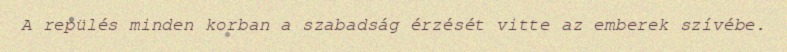
A repülés minden korban a szabadság érzését vitte az emberek szívébe.